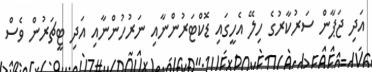
އަދި ޖަޕާން ސަރުކާރުގެ ހިލޭ އެހީގައި ޑޮކްޓަރުންނާއި ނަރުހުންނާއި އަދި ޓީޗަރުން ވެސް